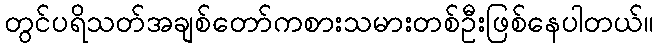
တွင်ပရိသတ်အချစ်တော်ကစားသမားတစ်ဦးဖြစ်နေပါတယ်။